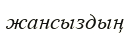
жансыздың